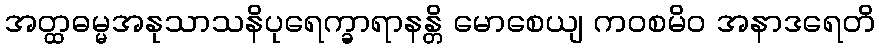
အတ္ထဓမ္မအနုသာသနိပုရေက္ခာရာနန္တိ မောစေယျ ကဝစမိဝ အနာဒရေတိ